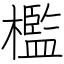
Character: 檻